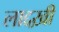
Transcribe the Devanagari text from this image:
लाद्दख़ी